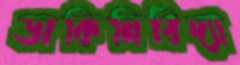
ডাকিনিবিদ্যা